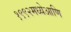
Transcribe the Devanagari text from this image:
१९९२मध्येआणि